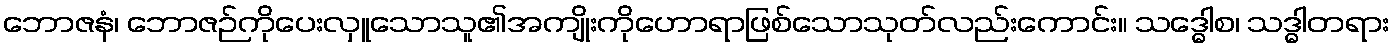
ဘောဇနံ၊ ဘောဇဉ်ကိုပေးလှူသောသူ၏အကျိုးကိုဟောရာဖြစ်သောသုတ်လည်းကောင်း။ သဒ္ဓေါစ၊ သဒ္ဓါတရား